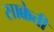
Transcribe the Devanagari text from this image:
साक्केत्ती